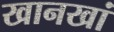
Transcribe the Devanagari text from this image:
खानखां